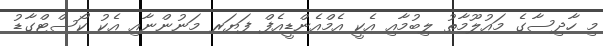
މި ހާދިސާގެ މައުލޫމާތު ލިބުމާއި އެކީ އެމްއެންޑީއެފް ފަޔަރ މަނުންނާއި އެކު ކޯސްޓްގާޑު